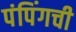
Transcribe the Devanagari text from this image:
पंपिंगची